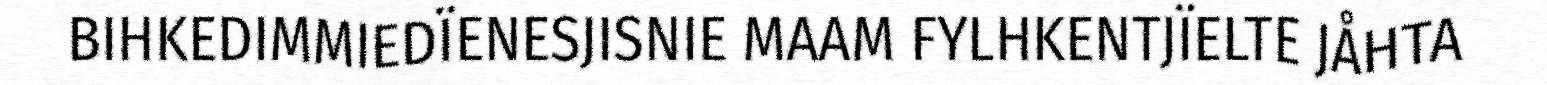
BIHKEDIMMIEDÏENESJISNIE MAAM FYLHKENTJÏELTE JÅHTA